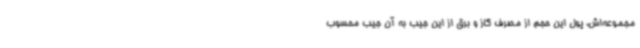
مجموعه‌اش، پول این حجم از مصرف گاز و برق از این جیب به آن جیب محسوب